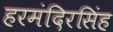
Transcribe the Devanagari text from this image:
हरमंदिरसिंह